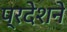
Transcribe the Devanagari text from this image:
प्रदेशने